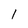
Character: l